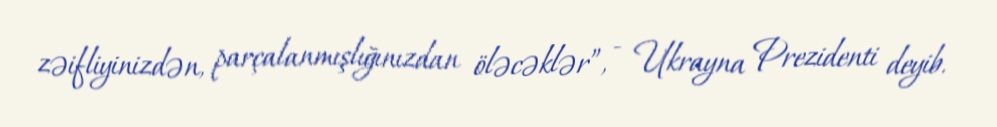
zəifliyinizdən, parçalanmışlığınızdan öləcəklər”, - Ukrayna Prezidenti deyib.